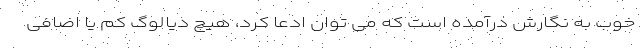
خوب به نگارش درآمده است که می توان ادعا کرد، هیچ دیالوگ کم یا اضافی